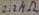
Text: 2.2Ω